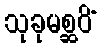
သုခုမစ္ဆဝိံ